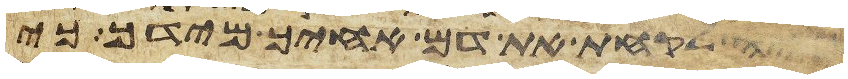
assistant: פיה לקחת את דם אחיך מידך כי